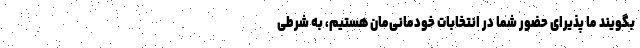
بگویند ما پذیرای حضور شما در انتخابات خودمانی‌مان هستیم، به ‌شرطی